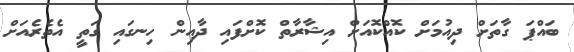
ބައްޕަ ގާތަށް ދިއުމަށް ކޮއްކޮއަށް އިޝާރާތް ކޮށްފައި ދާއިން ހިނގައި ގަތީ އެތެރެއަށް